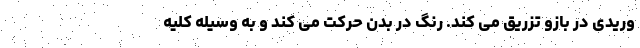
وریدی در بازو تزریق می کند. رنگ در بدن حرکت می کند و به وسیله کلیه